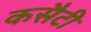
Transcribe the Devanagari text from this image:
कसैटी